Report of the King Institute of Preventive Medicine, Guindy
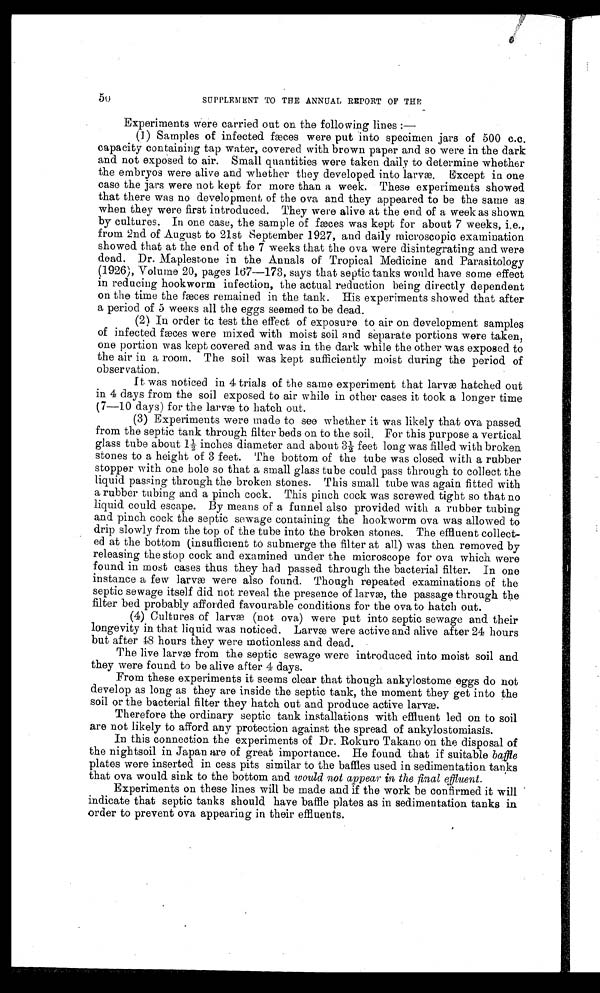
50
SUPPLEMENT TO THE ANNUAL REPORT OF THE
Experiments were carried out on the following lines :
—
(1) Samples of infected fæces were put into specimen jars of 500 c.c.
capacity containing tap water, covered with brown paper and so were in the dark
and not exposed to air. Small quantities were taken daily to determine whether
the embryos were alive and whether they developed into larvæ. Except in one
case the jars were not kept for more than a week. These experiments showed
that there was no development of the ova and they appeared to be the same as
when they were first introduced. They were alive at the end of a week as shown
by cultures. In one case, the sample of fæces was kept for about 7 weeks, i.e.,
from 2nd of August to 21st September 1927, and daily microscopic examination
showed that at the end of the 7 weeks that the ova were disintegrating and were
dead. Dr. Maplestone in the Annals of Tropical Medicine and Parasitology
(1926), Volume 20, pages 167—173, says that septic tanks would have some effect
in reducing hookworm infection, the actual reduction being directly dependent
on the time the fæces remained in the tank. His experiments showed that after
a period of 3 weeks all the eggs seemed to be dead.
(2) In order to test the effect of exposure to air on development samples
of infected fæces were mixed with moist soil and separate portions were taken,
one portion was kept covered and was in the dark while the other was exposed to
the air in a room. The soil was kept sufficiently moist during the period of
observation.
It was noticed in 4 trials of the same experiment that larvæ hatched out
in 4 days from the soil exposed to air while in other cases it took a longer time
(7—10 days) for the larvæ to hatch out.
(3) Experiments were made to see whether it was likely that ova passed
from the septic tank through filter beds on to the soil. For this purpose a vertical
gl as s t ube about 1½ i nches di amet er and about 3½ f eet l ong was f i l l ed wi t h br oken
stones to a height of 3 feet. The bottom of the tube was closed with a rubber
stopper with one hole so that a small glass tube could pass through to collect the
liquid passing through the broken stones. This small tube was again fitted with
a rubber tubing and a pinch cock. This pinch cock was screwed tight so that no
liquid could escape. By means of a funnel also provided with a rubber tubing
and pinch cock the septic sewage containing the hookworm ova was allowed to
drip slowly from the top of the tube into the broken stones. The effluent collect-
ed at the bottom (insufficient to submerge the filter at all) was then removed by
releasing the stop cock and examined under the microscope for ova which were
found in most cases thus they had passed through the bacterial filter. In one
instance a few larvæ were also found. Though repeated examinations of the
septic sewage itself did not reveal the presence of larvæ, the passage through the
filter bed probably afforded favourable conditions for the ova to hatch out.
(4) Cultures of larvæ (not ova) were put into septic sewage and their
longevity in that liquid was noticed. Larvæ were active and alive after 24 hours
but after 48 hours they were motionless and dead.
The live larvæ from the septic sewage were introduced into moist soil and
they were found to be alive after 4 days.
From these experiments it seems clear that though ankylostome eggs do not
develop as long as they are inside the septic tank, the moment they get into the
soil or the bacterial filter they hatch out and produce active larvæ.
Therefore the ordinary septic tank installations with effluent led on to soil
are not likely to afford any protection against the spread of ankylostomiasis.
In this connection the experiments of Dr. Rokuro Takano on the disposal of
the nightsoil in Japan are of great importance. He found that if suitable baffle
plates were inserted in cess pits similar to the baffles used in sedimentation tanks
that ova would sink to the bottom and would not appear in the final effluent.
Experiments on these lines will be made and if the work be confirmed it will
indicate that septic tanks should have baffle plates as in sedimentation tanks in
order to prevent ova appearing in their effluents.